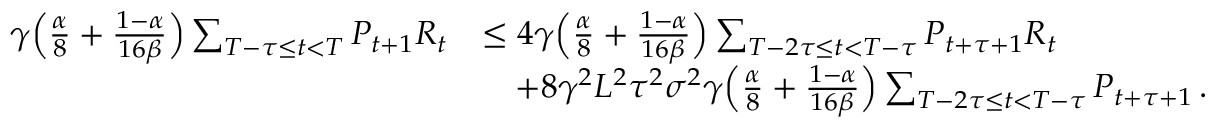
\begin{array} { r l } { \gamma \Big ( \frac { \alpha } { 8 } + \frac { 1 - \alpha } { 1 6 \beta } \Big ) \sum _ { T - \tau \leq t < T } P _ { t + 1 } R _ { t } } & { \leq 4 \gamma \Big ( \frac { \alpha } { 8 } + \frac { 1 - \alpha } { 1 6 \beta } \Big ) \sum _ { T - 2 \tau \leq t < T - \tau } P _ { t + \tau + 1 } R _ { t } } \\ & { \quad + 8 \gamma ^ { 2 } L ^ { 2 } \tau ^ { 2 } \sigma ^ { 2 } \gamma \Big ( \frac { \alpha } { 8 } + \frac { 1 - \alpha } { 1 6 \beta } \Big ) \sum _ { T - 2 \tau \leq t < T - \tau } P _ { t + \tau + 1 } \, . } \end{array}